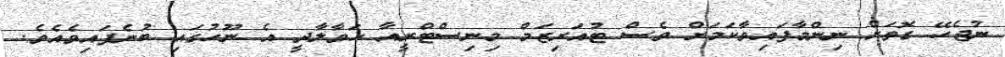
ނުޖެހޭ ގޮތަށް ނިންމާފައިވާކަމަށް ވެސް ޓުއަރިޒަމް މިނިސްޓްރީއާ ހަވާލާދީ އެ ނޫހުގައި ބުނެފައިވެއެވެ.